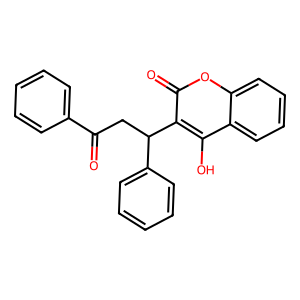
SMILES: O=C(CC(c1ccccc1)c1c(O)c2ccccc2oc1=O)c1ccccc1
Inhibits HIV replication: No